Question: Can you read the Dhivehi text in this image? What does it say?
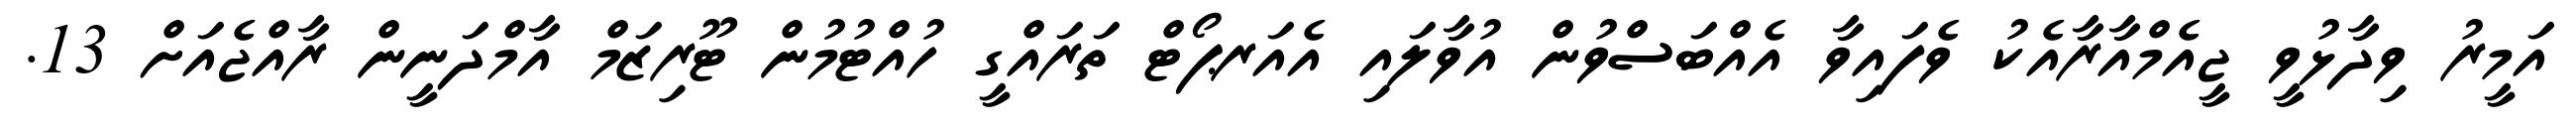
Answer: އަމީރު ވިދާޅުވީ ޖީއެމްއާރާއެކު ވެފައިވާ އެއްބަސްވުން އުވާލައި އެއަރޕޯޓް ތަރައްގީ ހުއްޓުމުން ޓޫރިޒަމް އާމްދަނީން ރާއްޖެއަށް 13.